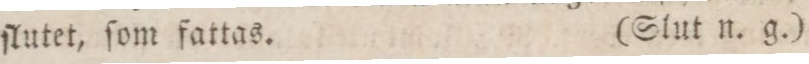
ſlutet, ſom fattas.    (Slut n. g.)